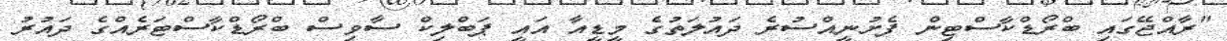
"ރާއްޖޭގައި ބްރޯޑްކާސްޓިން ފެށުނީއްސުރެ ދައުލަތުގެ މީޑީއާ އައީ ޕަބްލިކް ސާވިސް ބްރޯޑްކާސްޓަރެއްގެ ދައުރު